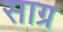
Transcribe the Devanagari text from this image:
साग्र